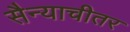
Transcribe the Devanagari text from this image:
सैन्याचीतर